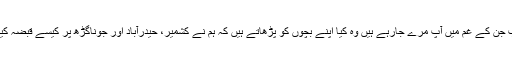
اب جن کے غم میں آپ مرے جارہے ہیں وہ کیا اپنے بچوں کو پڑھاتے ہیں کہ ہم نے کشمیر، حیدرآباد اور جوناگڑھ پر کیسے قبضہ کیا؟